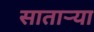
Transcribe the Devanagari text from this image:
सातार्‍या